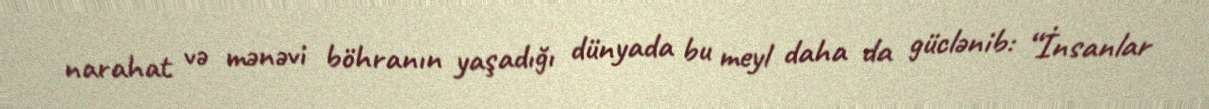
narahat və mənəvi böhranın yaşadığı dünyada bu meyl daha da güclənib: “İnsanlar